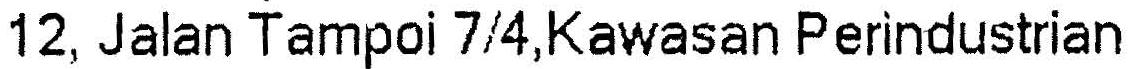
12, JALAN TAMPOI 7/4,KAWASAN PERINDUSTRIAN